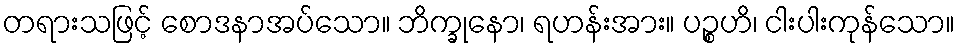
တရားသဖြင့် စောဒနာအပ်သော။ ဘိက္ခုနော၊ ရဟန်းအား။ ပဉ္စဟိ၊ ငါးပါးကုန်သော။